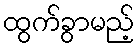
ထွက်ခွာမည့်